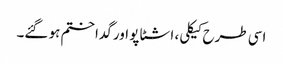
اسی طرح کیکلی، اشٹاپو اور گدا ختم ہو گئے۔